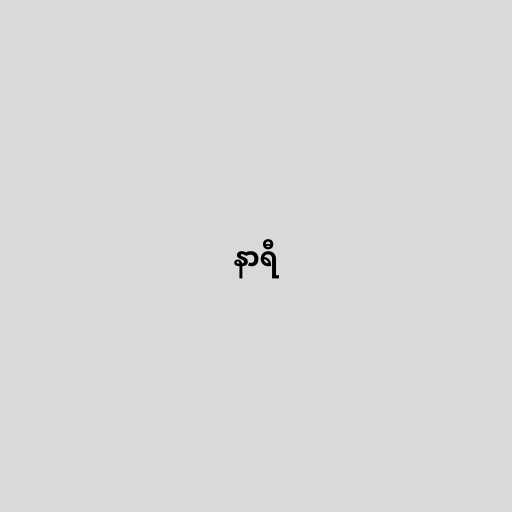
နာရီ